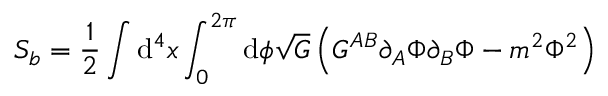
S _ { b } = \frac { 1 } { 2 } \int \mathrm { d } ^ { 4 } x \int _ { 0 } ^ { 2 \pi } \mathrm { d } \phi \sqrt { G } \left( G ^ { A B } \partial _ { A } \Phi \partial _ { B } \Phi - m ^ { 2 } \Phi ^ { 2 } \right)